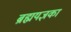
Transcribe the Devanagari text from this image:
ब्रह्मयज्ञका